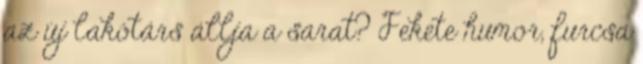
az új lakótárs állja a sarat? Fekete humor, furcsa